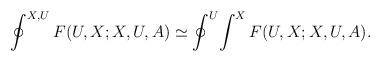
LaTeX: \begin{align*}\oint^{X,U} F(U,X;X,U,A)\simeq \oint^U \! \int^X F(U,X;X,U,A).\end{align*}